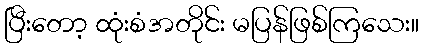
ပြီးတော့ ထုံးစံအတိုင်း မပြန်ဖြစ်ကြသေး။